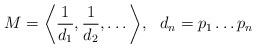
LaTeX: \begin{align*}M = \bigg\langle \frac{1}{d_1}, \frac{1}{d_2}, \dots \bigg\rangle, \ \ d_n = p_1 \dots p_n\end{align*}